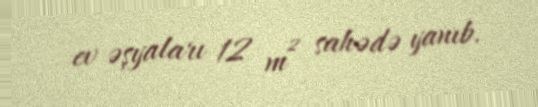
ev əşyaları 12 m² sahədə yanıb.